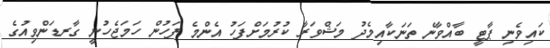
ކައިވެނި ޕާޓީ ބާއްވާނެ ތަނަކާއިމެދު މަޝްވަރާ ކުރުމަށްފަހު އެންމެ ފަހުން ހަމަޖެހުނީ ގާރޑަންވިއުގެ